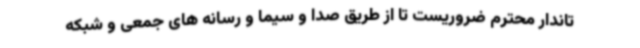
تاندار محترم ضروریست تا از طریق صدا و سیما و رسانه های جمعی و شبکه